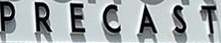
PRECAST